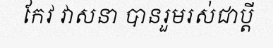
កែវ វាសនា បានរួមរស់ជាប្តី